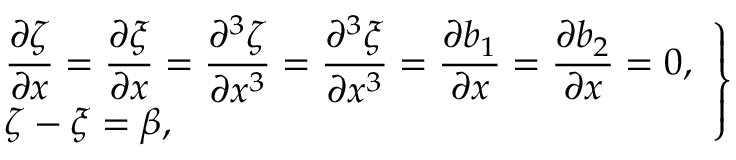
\left. \begin{array} { l } { \displaystyle \frac { \partial \zeta } { \partial x } = \frac { \partial \xi } { \partial x } = \frac { \partial ^ { 3 } \zeta } { \partial x ^ { 3 } } = \frac { \partial ^ { 3 } \xi } { \partial x ^ { 3 } } = \frac { \partial b _ { 1 } } { \partial x } = \frac { \partial b _ { 2 } } { \partial x } = 0 , } \\ { \zeta - \xi = \beta , } \end{array} \right\}